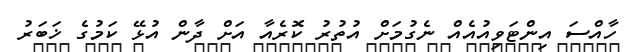
ހާއްސަ އިންޓަވިއުއެއް ނެގުމަށް އުތުރު ކޮރެއާ އަށް ދާން އުޅޭ ކަމުގެ ޚަބަރު